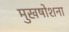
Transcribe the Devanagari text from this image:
मुखषोशना